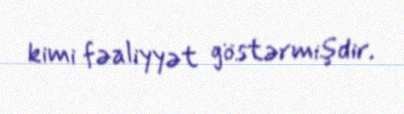
kimi fəaliyyət göstərmişdir.